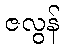
ဇလွန်